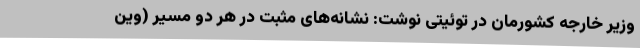
وزیر خارجه کشورمان در توئیتی نوشت: نشانه‌های مثبت در هر دو مسیر (وین